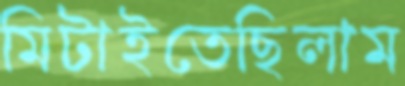
মিটাইতেছিলাম